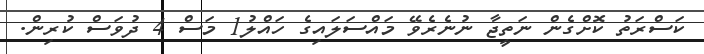
ކަސްރަތު ކޮށްގެން ނަތީޖާ ނުނެރެވޭ މައްސަލައިގެ ހައްލު1 މަސް 4 ދުވަސް ކުރިން.